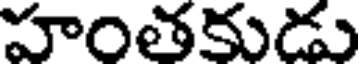
హంతకుడు